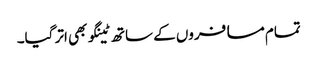
تمام مسافروں کے ساتھ ٹینگو بھی اتر گیا۔